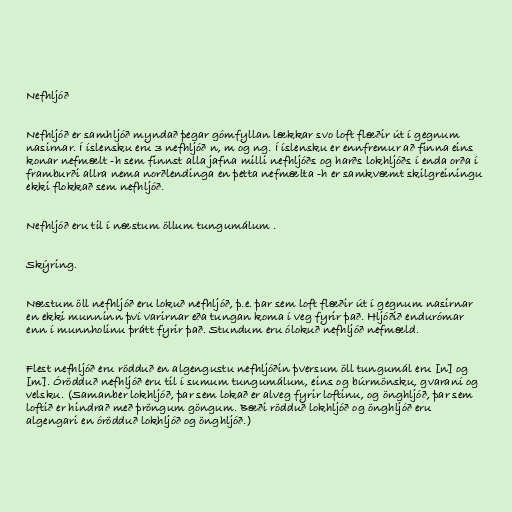
Nefhljóð

Nefhljóð er samhljóð myndað þegar gómfyllan lækkar svo loft flæðir út í gegnum
nasirnar. Í íslensku eru 3 nefhljóð n, m og ng. Í íslensku er ennfremur að finna eins
konar nefmælt -h sem finnst alla jafna milli nefhljóðs og harðs lokhljóðs í enda orða í
framburði allra nema norðlendinga en þetta nefmælta -h er samkvæmt skilgreiningu
ekki flokkað sem nefhljóð.

Nefhljóð eru til í næstum öllum tungumálum .

Skýring.

Næstum öll nefhljóð eru lokuð nefhljóð, þ.e. þar sem loft flæðir út í gegnum nasirnar
en ekki munninn því varirnar eða tungan koma í veg fyrir það. Hljóðið endurómar
enn í munnholinu þrátt fyrir það. Stundum eru ólokuð nefhljóð nefmæld.

Flest nefhljóð eru rödduð en algengustu nefhljóðin þversum öll tungumál eru [n] og
[m]. Órödduð nefhljóð eru til í sumum tungumálum, eins og búrmönsku, gvaraní og
velsku. (Samanber lokhljóð, þar sem lokað er alveg fyrir loftinu, og önghljóð, þar sem
loftið er hindrað með þröngum göngum. Bæði rödduð lokhljóð og önghljóð eru
algengari en órödduð lokhljóð og önghljóð.)